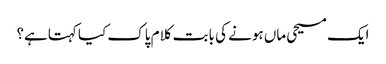
ایک مسیحی ماں ہونے کی بابت کلام پاک کیا کہتاہے؟